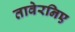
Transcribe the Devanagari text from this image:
तावेरनिए